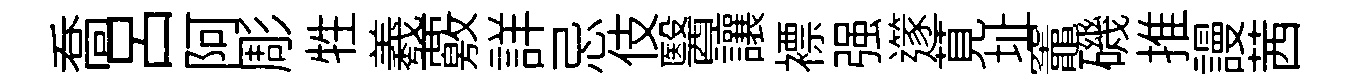
喬吕阿彫牲羲覈詳忌伎醫讓褾强𨗹莧址竈磯推謾茜